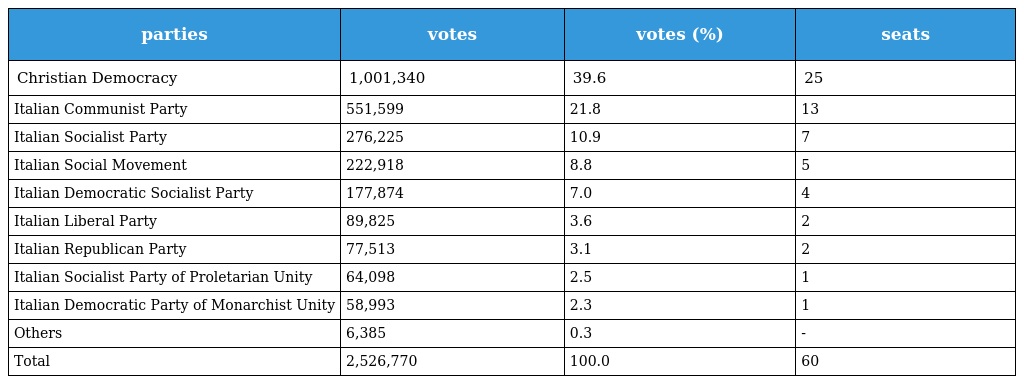
| parties | votes | votes (%) | seats |
 | --- | --- | --- | --- |
 | Christian Democracy | 1,001,340 | 39.6 | 25 |
 | Italian Communist Party | 551,599 | 21.8 | 13 |
 | Italian Socialist Party | 276,225 | 10.9 | 7 |
 | Italian Social Movement | 222,918 | 8.8 | 5 |
 | Italian Democratic Socialist Party | 177,874 | 7.0 | 4 |
 | Italian Liberal Party | 89,825 | 3.6 | 2 |
 | Italian Republican Party | 77,513 | 3.1 | 2 |
 | Italian Socialist Party of Proletarian Unity | 64,098 | 2.5 | 1 |
 | Italian Democratic Party of Monarchist Unity | 58,993 | 2.3 | 1 |
 | Others | 6,385 | 0.3 | - |
 | Total | 2,526,770 | 100.0 | 60 |